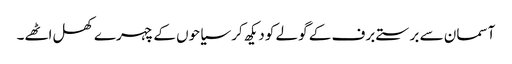
آسمان سے برستے برف کے گولے کو دیکھ کر سیاحوں کے چہرے کھل اٹھے۔